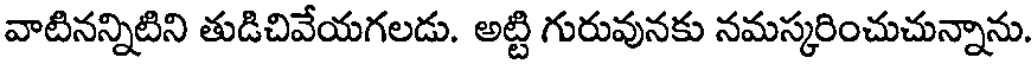
వాటినన్నిటిని తుడిచివేయగలడు. అట్టి గురువునకు నమస్కరించుచున్నాను.